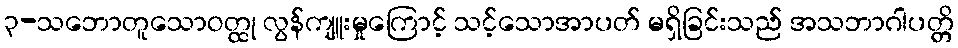
၃-သဘောတူသောဝတ္ထု လွန်ကျူးမှုကြောင့် သင့်သောအာပတ် မရှိခြင်းသည် အသဘာဂါပတ္တိ